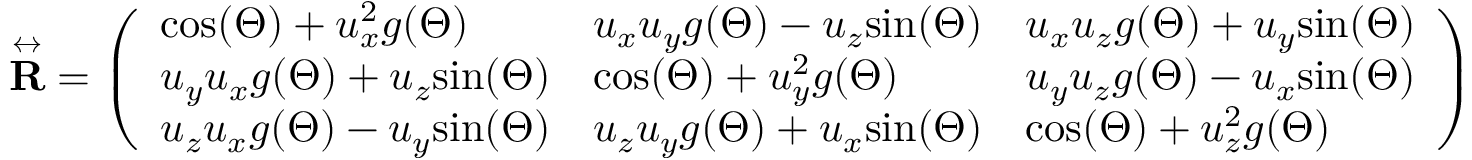
\overset \leftrightarrow { \mathbf { R } } = \left( \begin{array} { l l l } { \mathrm { c o s } ( \Theta ) + u _ { x } ^ { 2 } g ( \Theta ) } & { u _ { x } u _ { y } g ( \Theta ) - u _ { z } \mathrm { s i n } ( \Theta ) } & { u _ { x } u _ { z } g ( \Theta ) + u _ { y } \mathrm { s i n } ( \Theta ) } \\ { u _ { y } u _ { x } g ( \Theta ) + u _ { z } \mathrm { s i n } ( \Theta ) } & { \mathrm { c o s } ( \Theta ) + u _ { y } ^ { 2 } g ( \Theta ) } & { u _ { y } u _ { z } g ( \Theta ) - u _ { x } \mathrm { s i n } ( \Theta ) } \\ { u _ { z } u _ { x } g ( \Theta ) - u _ { y } \mathrm { s i n } ( \Theta ) } & { u _ { z } u _ { y } g ( \Theta ) + u _ { x } \mathrm { s i n } ( \Theta ) } & { \mathrm { c o s } ( \Theta ) + u _ { z } ^ { 2 } g ( \Theta ) } \end{array} \right)